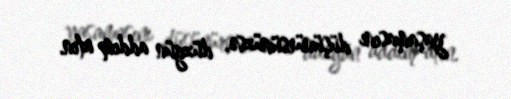
yaşamasını düşünürsünüzsə, düzgün addım atın.